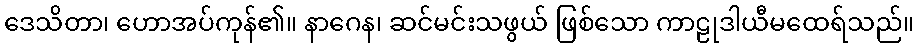
ဒေသိတာ၊ ဟောအပ်ကုန်၏။ နာဂေန၊ ဆင်မင်းသဖွယ် ဖြစ်သော ကာဠုဒါယီမထေရ်သည်။